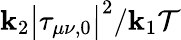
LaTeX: \mathbf{k}_{2}\big|\tau_{\mu\nu,0}\big|^{2}/\mathbf{k}_{1}\mathcal{{T}}